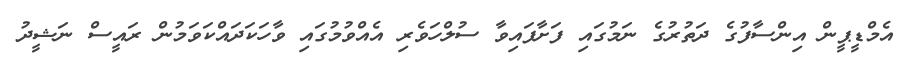
އެމްޑީޕީން އިންސާފުގެ ދަތުރުގެ ނަމުގައި ފަށާފައިވާ ސުލްހަވެރި އެއްވުމުގައި ވާހަކަދައްކަވަމުން ރައީސް ނަޝީދު